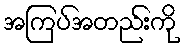
အကြပ်အတည်းကို